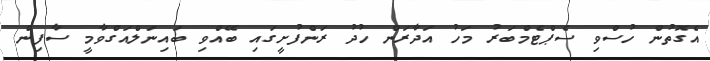
އެގޮތުން ހުސްވި ސެޕްޓެމްބަރު މަހު އަދާރަން ހުދު ރަންފުށީގައި ބޭއްވި ބައިނަލްއަގްވާމީ ސާފިން